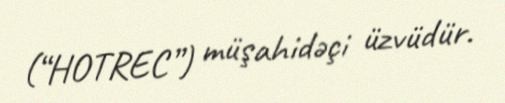
(“HOTREC”) müşahidəçi üzvüdür.